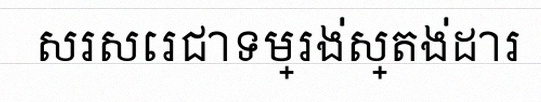
សរសេរជាទម្រង់ស្តង់ដារ